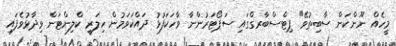
މީހެއް ނޫންކަން ސާބިތުވޭ" ޕިޓްސްބާރގްގައި ސަޕޯޓަރުންނާ ވާހަކަފުޅު ދައްކަވަމުން ހިލަރީ ކްލިންޓަން ވިދާޅުވެފައި